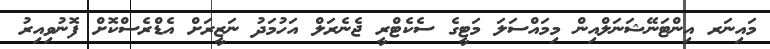
މައިނަރ އިންޓަނޭޝަނަލްއިން މިމައްސަލަ މަޓީގެ ސެކެޓްރީ ޖެނެރަލް އަހުމަދު ނަޒީރަށް އެޑްރެސްކޮށް ފޮނުވިއިރު